Report on the Civil Veterinary Department, Eastern Bengal and Assam - 1907-1911
Year: 1907
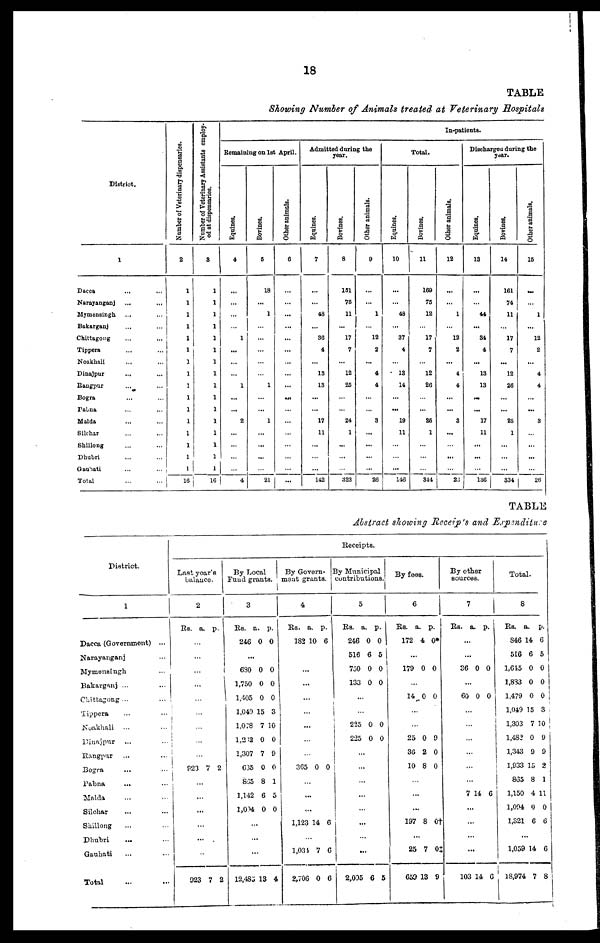
18
TABLE
Showing Number of Animals treated at Veterinary Hospitals
District.
1
Dacca ... ...
Narayanganj ... ...
Mymensingh ... ...
Bakarganj ... ...
Chittagong ... ...
Tippera ... ...
Noakhali ... ...
Dinajpur ... ...
Rangpur ... ...
Bogra ... ...
Pabna ... ...
Malda ... ...
Silchar ... ...
Shillong ... ...
Dhubri ... ...
Gauhati ... ...
Total ... ...
Number of Veterinary dispensaries.
2
1
1
1
1
1
1
1
1
1
1
1
1
1
1
1
1
16
Number of Veterinary Assistants employ-
ed at dispensaries.
3
1
1
1
1
1
1
1
1
1
1
1
1
1
1
1
1
16
Remaining on 1st April.
Equines.
4
...
...
...
...
1
...
...
...
1
...
...
2
...
...
...
...
4
Bovines.
5
18
...
1
...
...
...
...
...
1
...
...
1
...
...
...
...
21
Other animals.
6
...
...
...
...
...
...
...
...
...
...
...
...
...
...
...
...
...
Admitted during the
year.
Equines.
7
...
...
48
...
36
4
...
13
13
...
...
17
11
...
...
...
142
Bovines.
8
151
76
11
...
17
7
...
12
25
...
...
24
1
...
...
...
323
Other animals.
9
...
...
1
...
12
2
...
4
4
...
...
3
...
...
...
26
Equines.
10
...
...
48
...
37
4
...
13
14
...
...
19
11
...
...
...
146
Total.
Bovines.
11
169
75
12
...
17
7
...
12
26
...
...
26
1
...
...
...
341
In-patients.
Other animals.
12
...
...
1
...
12
2
...
4
4
...
...
3
...
...
...
...
23
Discharged during the
year.
Equines.
18
...
...
44
...
34
4
...
13
13
...
...
17
11
...
...
...
136
Bovines.
14
161
74
11
...
17
7
...
12
26
...
...
25
1
...
...
...
334
Other animals.
15
...
...
1
...
12
2
...
4
4
...
...
3
...
...
...
...
26
TABLE
Abstract showing Receipts and Expenditure
District.
1
Dacca (Government) ...
Narayanganj ...
Mymensingh ...
Bakarganj ...
Chittagong ...
Tippera ... ...
Noakhali ... ...
Dinajpur ... ...
Rangpur ... ...
Bogra ... ...
Pabna ... ...
Malda ... ...
Silchar ... ...
Shillong ... ...
Dhubri ... ...
Gauhati ... ...
Total ... ...
Last year's
balance.
2
Rs. a. p.
...
...
...
...
...
...
...
...
...
923 7 2
...
...
...
...
...
...
923 7 2
By Local
Fund grants.
3
Rs. a. p.
246 0 0
...
630 0 0
1,750 0 0
1,405 0 0
1,049 15 3
1,078 7 10
1,282 0 0
1,307 7 9
635 0 0
865 8 1
1,142 6 5
1,004 0 0
...
...
...
12,485 13 4
By Govern-
ment grants.
4
Rs. a. p.
182 10 6
...
...
...
...
...
...
...
365 0 0
...
...
...
1,123 14 6
...
1,034 7 6
2,706 0 6
Receipts.
By Municipal
contributions.
5
Rs. a. p.
246 0 0
516 6 5
750 0 0
133 0 0
...
...
225 0 0
225 0 0
...
...
...
...
...
...
...
...
2,095 6 5
By fees.
6
RS. a. p.
172 4 0*
...
179 0 0
...
14 0 0
...
...
25 0 9
36 2 0
10 8 0
...
...
...
197 8 0†
...
25 7 0‡
659 13 9
By other
sources.
7
Rs. a. p.
...
...
36 0 0
...
60 0 0
...
...
...
...
...
...
7 14 6
...
...
...
...
103 14 6
Total.
8
Rs. a. p.
S46 14 6
516 6 5
1,645 0 0
1,833 0 0
1,479 0 0
1,049 15 3
1,303 7 10
1,482 0 9
1,343 9 9
1,933 15 2
865 8 1
1,150 4 11
1,094 0 0
1,321 6 6
...
1,059 14 6
18,974 7 8